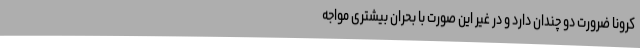
کرونا ضرورت دو چندان دارد و در غیر این صورت با بحران بیشتری مواجه